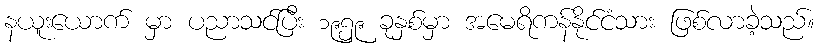
နယူးယောက် မှာ ပညာသင်ပြီး ၁၉၅၉ ခုနှစ်မှာ အမေရိကန်နိုင်ငံသား ဖြစ်လာခဲ့သည်။